Civil Veterinary Dept. North-West Frontier Province 1923-32 - 1923-1932
Year: 1923
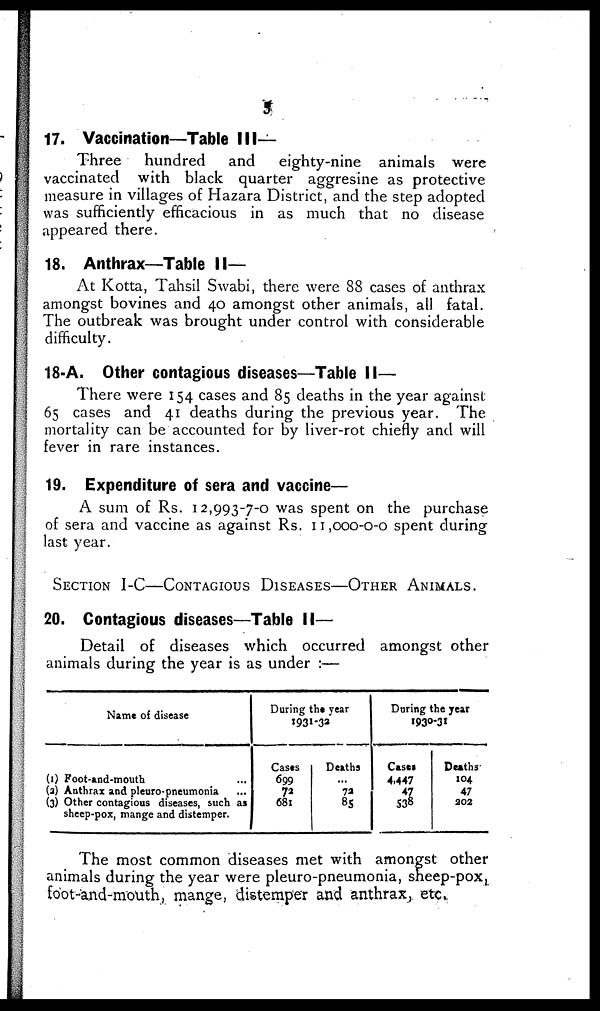
5
17. Vaccination—Table III—
Three
hundred
and
eighty-nine animals were
vaccinated with black quarter aggresine as protective
measure in villages of Hazara District, and the step adopted
was sufficiently efficacious in as much that no disease
appeared there.
18. Anthrax—-Table II—
At Kotta, Tahsil Swabi, there were 88 cases of anthrax
amongst bovines and 40 amongst other animals, all fatal.
The outbreak was brought under control with considerable
difficulty.
18-A. Other contagious diseases—Table II—
There were 154 cases and 85 deaths in the year against
65 cases and 41 deaths during the previous year. The
mortality can be accounted for by liver-rot chiefly and will
fever in rare instances.
19. Expenditure of sera and vaccine—
A sum of Rs. 12,993-7-0 was spent on the purchase
of sera and vaccine as against Rs. 11,000-0-0 spent during
last year.
SECTION I-C—CONTAGIOUS DISEASES—OTHER ANIMALS.
20. Contagious diseases—Table II—
Detail of diseases which occurred amongst other
animals during the year is as under :—
Name of disease
(1) Foot-and-mouth
(2) Anthrax and pleuro-pneumonia ...
(3) Other contagious diseases, such as
sheep-pox, mange and distemper.
During the year
1931-32
Cases
699
72
681
Deaths
...
72
85
Daring the year
1930-31
Cases
4,447
47 538
Deaths
104
47
202
The most common diseases met with amongst other
animals during the year were pleuro-pneumonia, sheep-pox,
foot-and-mouth, mange, distemper and anthrax, etc.